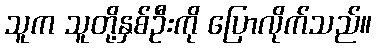
သူက သူတို့နှစ်ဦးကို ပြောလိုက်သည်။